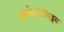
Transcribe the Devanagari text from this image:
अलोसॉरॉएड्स